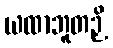
ယထာဘူတဉှိ